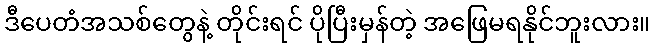
ဒီပေတံအသစ်တွေနဲ့ တိုင်းရင် ပိုပြီးမှန်တဲ့ အဖြေမရနိုင်ဘူးလား။